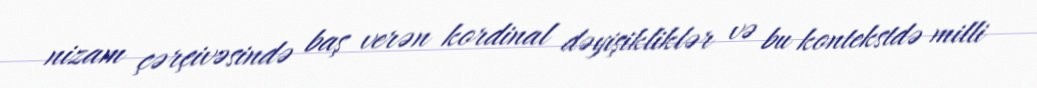
nizam çərçivəsində baş verən kordinal dəyişikliklər və bu kontekstdə milli